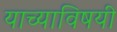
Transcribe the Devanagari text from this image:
याच्याविषयी